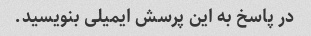
در پاسخ به این پرسش ایمیلی بنویسید.